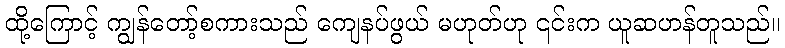
ထို့ကြောင့် ကျွန်တော့်စကားသည် ကျေနပ်ဖွယ် မဟုတ်ဟု ၎င်းက ယူဆဟန်တူသည်။